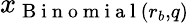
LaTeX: x_{\mathrm{~B~i~n~o~m~i~a~l~}(r_{b},q)}